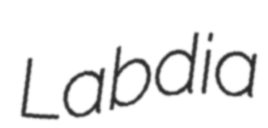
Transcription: Labdia